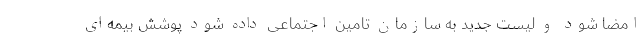
امضا شود و لیست جدید به سازمان تامین اجتماعی داده شود پوشش بیمه‌ای